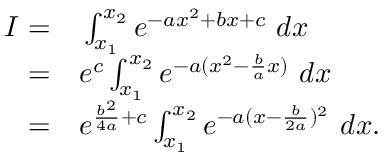
\begin{array} { r l } { I = } & { { } \int _ { x _ { 1 } } ^ { x _ { 2 } } e ^ { - a x ^ { 2 } + b x + c } \ d x } \\ { = } & { { } e ^ { c } \int _ { x _ { 1 } } ^ { x _ { 2 } } e ^ { - a ( x ^ { 2 } - \frac { b } { a } x ) } \ d x } \\ { = } & { { } e ^ { \frac { b ^ { 2 } } { 4 a } + c } \int _ { x _ { 1 } } ^ { x _ { 2 } } e ^ { - a ( x - \frac { b } { 2 a } ) ^ { 2 } } \ d x . } \end{array}